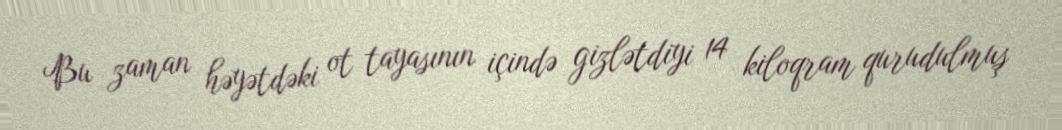
Bu zaman həyətdəki ot tayasının içində gizlətdiyi 14 kiloqram qurudulmuş